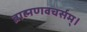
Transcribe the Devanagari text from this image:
ब्राह्मणवचर्सम्।